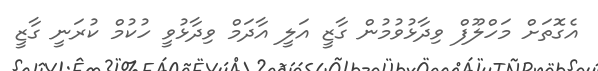
އެގޮތަށް މަހްލޫފް ވިދާޅުވުމުން ގާޒީ އަލީ އާދަމް ވިދާޅުވީ ހުކުމް ކުރަނީ ގާޒީ